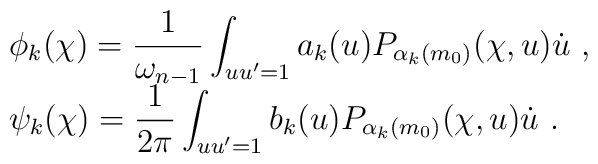
\begin{array}{l}\phi_k(\chi)=\displaystyle\frac{1}{\omega_{n-1}}\int_{uu'=1}a_k(u)P_{\alpha_k(m_0)}(\chi,u)\dot{u}~,\\\psi_k(\chi)=\displaystyle\frac{1}{2\pi}\int_{uu'=1}b_k(u)P_{\alpha_k(m_0)}(\chi,u)\dot{u}~.\end{array}